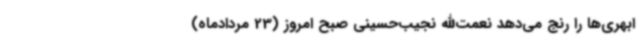
ابهری‌ها را رنج می‌دهد نعمت‌الله نجیب‌حسینی صبح امروز (23 مردادماه)